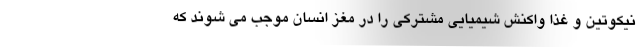
نیکوتین و غذا واکنش شیمیایی مشترکی را در مغز انسان موجب می شوند که